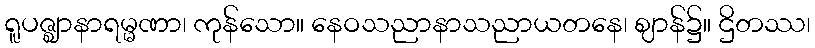
ရူပဇ္ဈာနာရမ္မဏာ၊ ကုန်သော။ နေဝသညာနာသညာယတနေ၊ ဈာန်၌။ ဌိတဿ၊